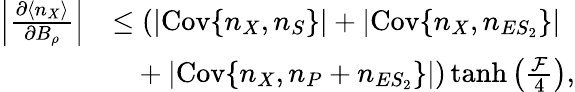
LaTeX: \begin{array}{rl}{\left|\frac{\partial\langle n_{X}\rangle}{\partial B_{\rho}}\right|}&{\leq(|\mathrm{Cov}\{ n_{X},n_{S}\} |+|\mathrm{Cov}\{ n_{X},n_{ES_{2}}\} |}\\ &{~~~+|\mathrm{Cov}\{ n_{X},n_{P}+n_{ES_{2}}\} |)\operatorname{tanh}\left(\frac{\mathcal{F}}{4}\right),}\end{array}